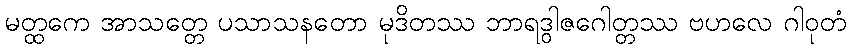
မတ္ထကေ အာသတ္တေ ပသာသနတော မုဒိတဿ ဘာရဒွါဇဂေါတ္တဿ ဗဟလေ ဂါဝုတံ